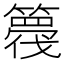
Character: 𮆘